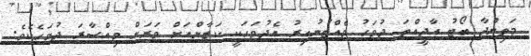
މަތިންދާ ބޯޓު އާދީއްތަ ދުވަހު ވެއްޓުނުއިރު އެދުވަހަކީ ކަޒާންއަށް ވަރަށް ވިއްސާރަ ދުވަހެކެވެ.